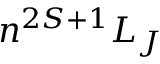
n ^ { 2 S + 1 } L _ { J }